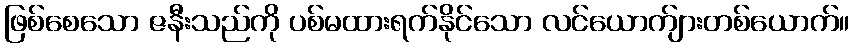
ဖြစ်စေသော ဇနီးသည်ကို ပစ်မထားရက်နိုင်သော လင်ယောက်ျားတစ်ယောက်။